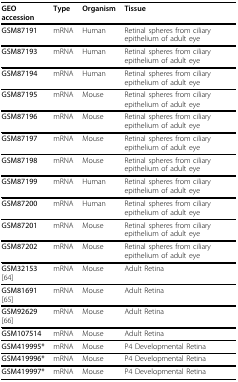
| GEO accession | Type | Organism | Tissue |
 | --- | --- | --- | --- |
 | GSM87191 | mRNA | Human | Retinal spheres from ciliary epithelium of adult eye |
 | GSM87193 | mRNA | Human | Retinal spheres from ciliary epithelium of adult eye |
 | GSM87194 | mRNA | Human | Retinal spheres from ciliary epithelium of adult eye |
 | GSM87195 | mRNA | Mouse | Retinal spheres from ciliary epithelium of adult eye |
 | GSM87196 | mRNA | Mouse | Retinal spheres from ciliary epithelium of adult eye |
 | GSM87197 | mRNA | Mouse | Retinal spheres from ciliary epithelium of adult eye |
 | GSM87198 | mRNA | Mouse | Retinal spheres from ciliary epithelium of adult eye |
 | GSM87199 | mRNA | Human | Retinal spheres from ciliary epithelium of adult eye |
 | GSM87200 | mRNA | Human | Retinal spheres from ciliary epithelium of adult eye |
 | GSM87201 | mRNA | Mouse | Retinal spheres from ciliary epithelium of adult eye |
 | GSM87202 | mRNA | Mouse | Retinal spheres from ciliary epithelium of adult eye |
 | GSM32153 [64] | mRNA | Mouse | Adult Retina |
 | GSM81691 [65] | mRNA | Mouse | Adult Retina |
 | GSM92629 [66] | mRNA | Mouse | Adult Retina |
 | GSM107514 | mRNA | Mouse | Adult Retina |
 | GSM419995* | mRNA | Mouse | P4 Developmental Retina |
 | GSM419996* | mRNA | Mouse | P4 Developmental Retina |
 | GSM419997* | mRNA | Mouse | P4 Developmental Retina |